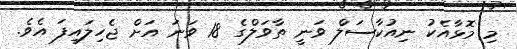
މި މޮޅާއެކު ނިއުކާސަލް ވަނީ ތާވަލްގެ 18 ވަނަ އަށް ޖެހިލައިފަ އެވެ.